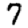
Digit: 7